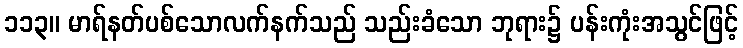
၁၁၃။ မာရ်နတ်ပစ်သောလက်နက်သည် သည်းခံသော ဘုရား၌ ပန်းကုံးအသွင်ဖြင့်